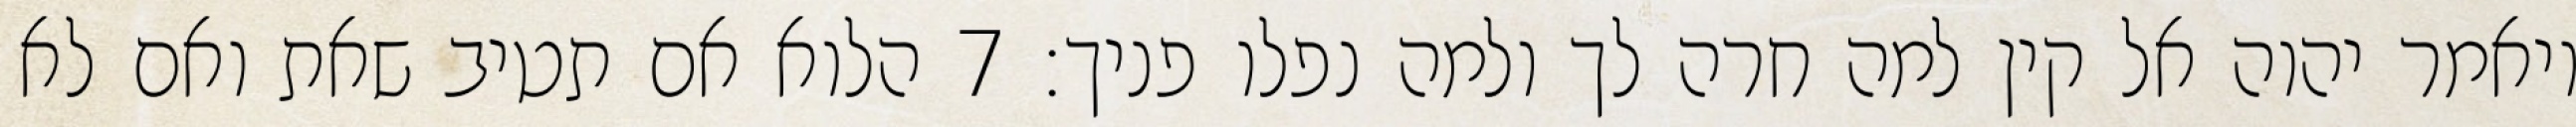
ויאמר יהוה אל קין למה חרה לך ולמה נפלו פניך׃ ‎7‏ הלוא אם תטיב שאת ואם לא